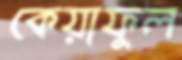
কেয়াফুল